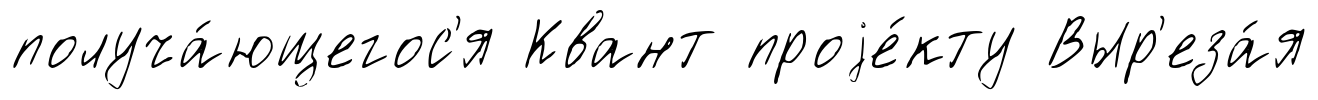
получа́ющегос'я Квант проjе́кту Выр'еза́я